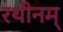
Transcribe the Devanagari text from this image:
रथीनम्